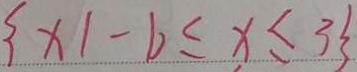
\{ x \vert - 1 \leq x \leq 3 \}